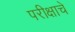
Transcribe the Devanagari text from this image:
परीक्षाचे